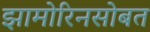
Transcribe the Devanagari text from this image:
झामोरिनसोबत